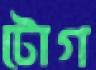
টোগ